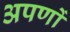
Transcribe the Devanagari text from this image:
अपणों